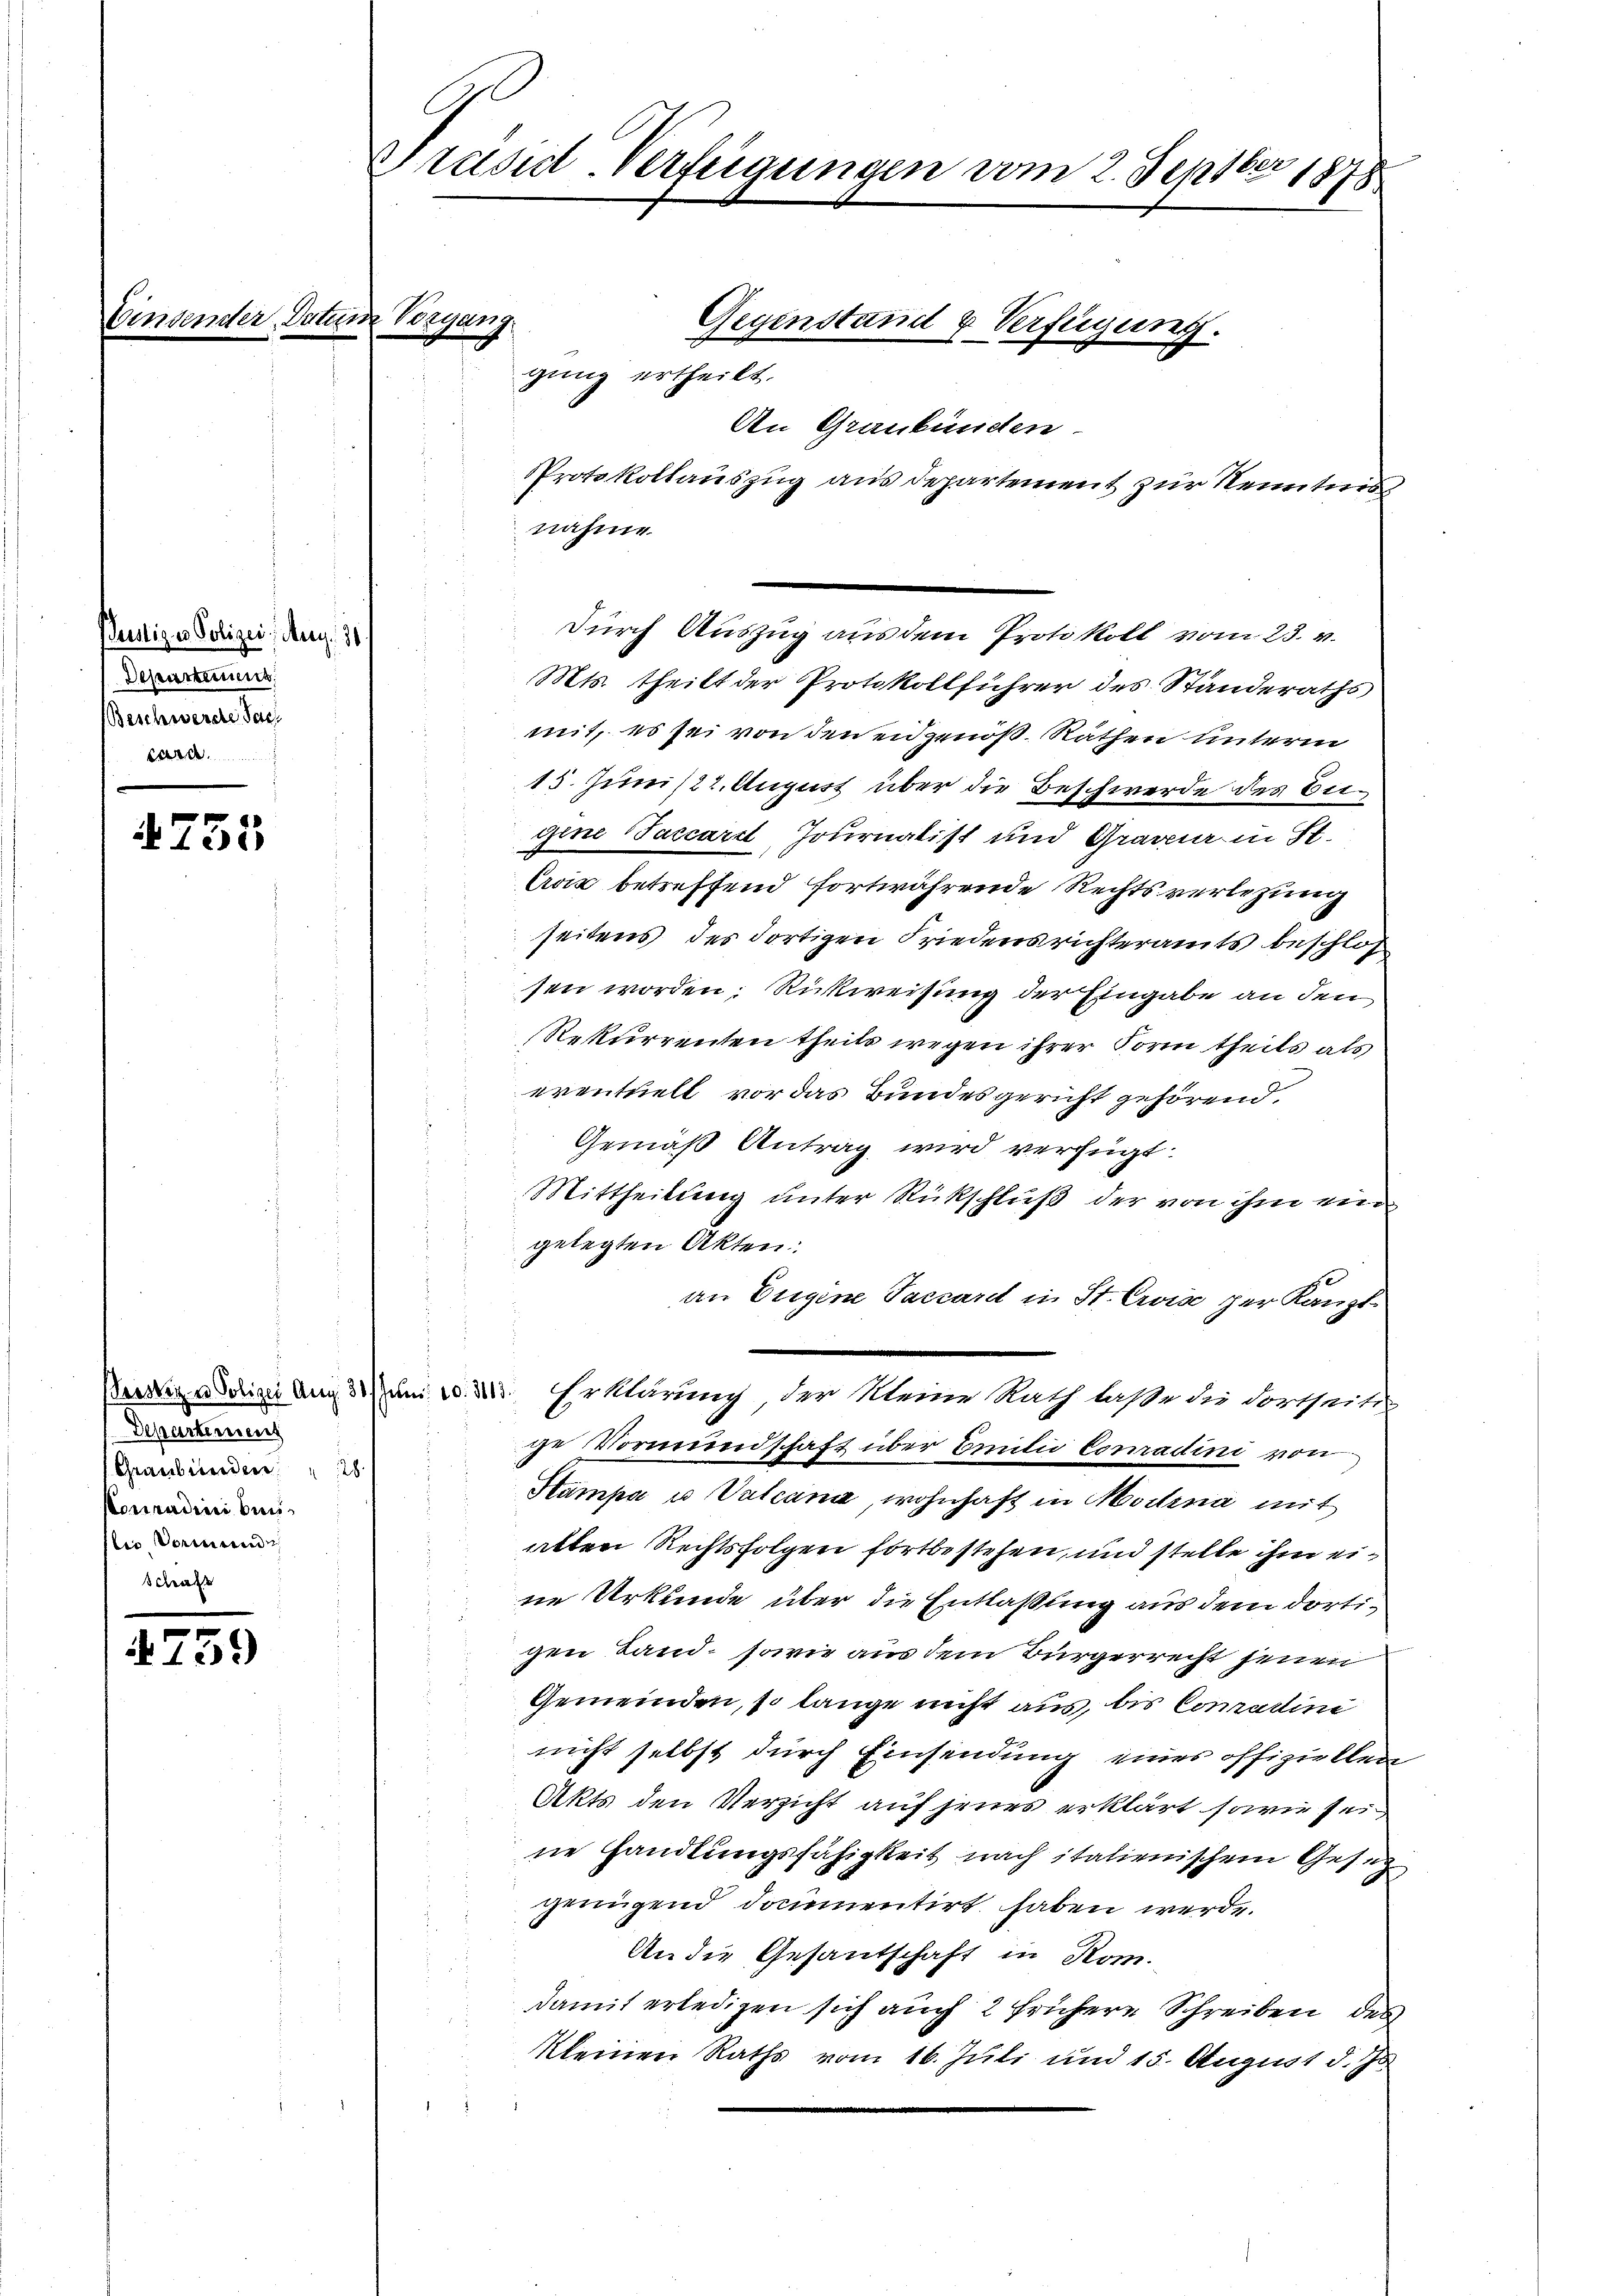
Bustige Polizei, Aug. 31.
Departens
Beschwerde Sac
cara

4755

Departement
(Graubünden 28
Conradini beilio Vormund

4739

Einsender Datum Vorgang.

Präsid-Verfügungen vom 2. Septbr 1878

nahme
Mts. theilt der Protokollführer des Standeraths
mit, es sei von den eidgenoß, Räthen unterm
15. Juni /22. August über die Beschwerde des Beigine Taccardt Journalist und Graveur in St.
Croi betreffend fortwährende Rechtsverletzung
seitens des dortigen Friedensrichteramts beschloß
sen worden; Rückweisung der Eingabe an den
Rekurrenten theils wegen ihrer Form theils als
eventuell vor das Bundesgericht gehörend.
Gemäß Antrag wird verfügt:
Mittheilung unter Rückschluß der von ihm ein
gelegten Akten.
an Eugene Taccardt in St. Crvise per Kauft
Benadigung 3. Juni d. d. Erklärung der Meine Rath laße die dortseitig
ge Vormundschaft über Emilie Conradini von
Stampa u Vulcana, wohnhaft in Modna mit
alten Rechtsfolgen fortbestehen, und stelle ihm eine Urkunde über die Entlaßung aus dem dortigen Land, sowie aus dem Bürgerrecht jenen
Gemeinden, so lange nicht aus, bis Comadini
nicht selbst durch Einsendung eines offiziellen
Akts den Verzicht auf jenes erklärt sowie sei
ne Handlungsfähigkeit nach italienischem Gesez
gringend documentirt haben werde.
An die Gesandschaft in Rom.
damit erledigen sich auch 2 frühere Schreiben des
kleinen Raths vom 16. Juli und 15. August d. Js.

Gegenstand & Verfügung.
gung ertheilt.
An Graubünden
Protokollauszug aus departement zur Neunters

Durch Auszug aus dem Protokoll vom 23. v.